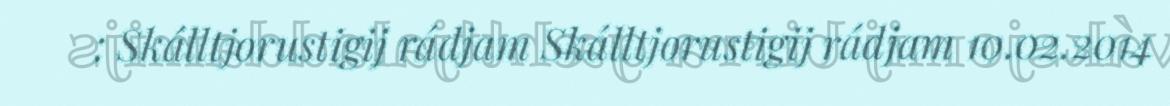
: Skálltjorustigij rádjam Skálltjorustigij rádjam 10.02.2014